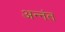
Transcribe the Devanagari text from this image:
अन्नंत